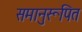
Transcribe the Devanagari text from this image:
समानुरूपित